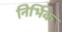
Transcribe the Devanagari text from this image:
निर्भिक